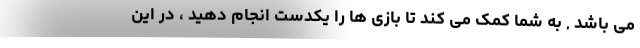
می باشد , به شما کمک می کند تا بازی ها را یکدست انجام دهید ، در این